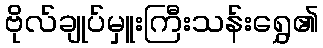
ဗိုလ်ချုပ်မှူးကြီးသန်းရွှေ၏